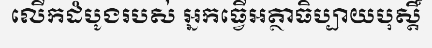
លើកដំបូងរបស់ អ្នកធ្វើអត្ថាធិប្បាយបុស្តិ៍